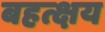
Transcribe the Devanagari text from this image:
बहत्क्षय